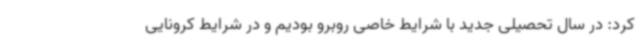
کرد: در سال تحصیلی جدید با شرایط خاصی روبرو بودیم و در شرایط کرونایی